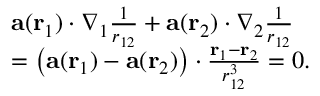
\begin{array} { r l } & { \mathbf { a } ( \mathbf { r } _ { 1 } ) \cdot \nabla _ { 1 } \frac { 1 } { r _ { 1 2 } } + \mathbf { a } ( \mathbf { r } _ { 2 } ) \cdot \nabla _ { 2 } \frac { 1 } { r _ { 1 2 } } } \\ & { = \left( \mathbf { a } ( \mathbf { r } _ { 1 } ) - \mathbf { a } ( \mathbf { r } _ { 2 } ) \right) \cdot \frac { \mathbf { r } _ { 1 } - \mathbf { r } _ { 2 } } { r _ { 1 2 } ^ { 3 } } = 0 . } \end{array}